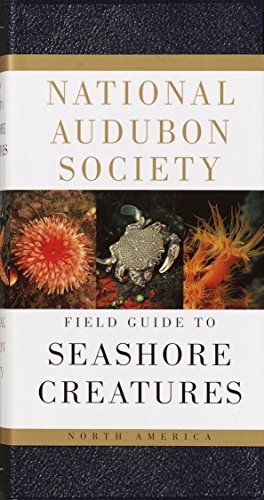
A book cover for National Audubon Society Field Guide to North American Seashore Creatures (National Audubon Society Field Guides); Norman A. Meinkoth; Science & Math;